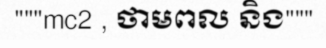
"""mc2 , ថាមពល និង"""